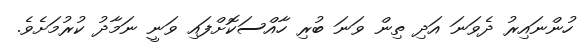
ހުންނައިރު ދެވަނަ އަދި ތިން ވަނަ ބުރި ހާއްސަކޮށްފައި ވަނީ ނަމާދު ކުރުމަށެވެ.